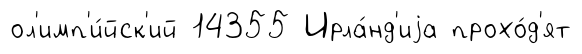
ол'имп'и́йск'ий 14355 Ирла́нд'иjа прохо́д'ят